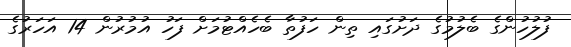
ފުލުހުންގެ ބެލުމުގެ ދަށުގައި ތިން ހަފުތާ ބެހެއްޓުމަށް ފަހު އުމުރުން 14 އަހަރުގެ